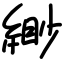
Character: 緲